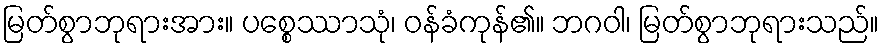
မြတ်စွာဘုရားအား။ ပစ္စေဿာသုံ၊ ဝန်ခံကုန်၏။ ဘဂဝါ၊ မြတ်စွာဘုရားသည်။